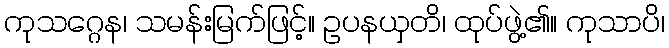
ကုသဂ္ဂေန၊ သမန်းမြက်ဖြင့်။ ဥပနယှတိ၊ ထုပ်ဖွဲ့၏။ ကုသာပိ၊